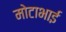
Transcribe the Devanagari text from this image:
मोटाभाई